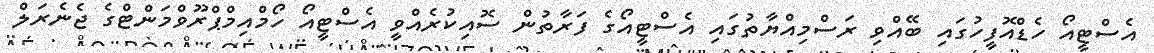
އެސްޓީއޯ ހެޑްއޮފީހުގައި ބޭއްވި ރަސްމިއްޔާތުގައި އެސްޓީއޯގެ ފަރާތުން ސޮއިކުރެއްވީ އެސްޓީއޯ ހޯމްއިމްޕްރޫވްމަންޓްގެ ޖެނެރަލް